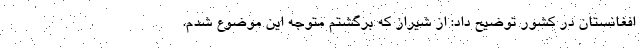
افغانستان در کشور توضیح داد: از شیراز که برگشتم متوجه این موضوع شدم.